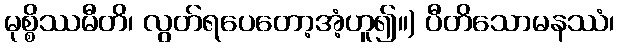
မုစ္စိဿမီတိ၊ လွတ်ရပေတော့အံ့ဟူ၍။) ပီတိသောမနဿံ၊